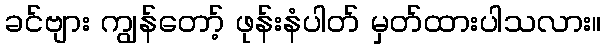
ခင်ဗျား ကျွန်တော့် ဖုန်းနံပါတ် မှတ်ထားပါသလား။